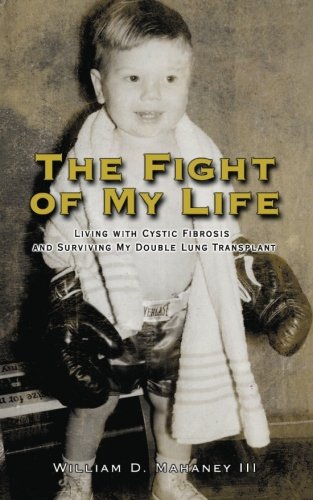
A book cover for The Fight of My Life: Living with Cystic Fibrosis and My Double Lung Transplant; Mr William D Mahaney III; Health, Fitness & Dieting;